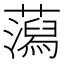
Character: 𧂙